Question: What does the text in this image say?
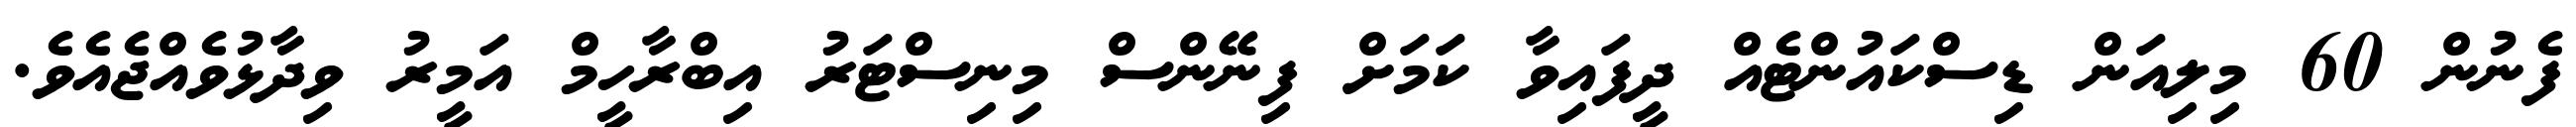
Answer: ފެނުން 60 މިލިއަން ޑިސްކައުންޓެއް ދީފައިވާ ކަމަށް ފިނޭންސް މިނިސްޓަރު އިބްރާހީމް އަމީރު ވިދާޅުވެއްޖެއެވެ.